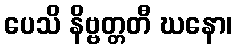
ပေသိ နိဗ္ဗတ္တတီ ဃနော၊